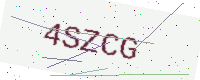
Text: 4SZCG